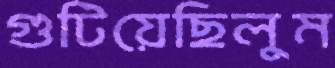
গুটিয়েছিলুম